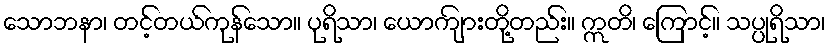
သောဘနာ၊ တင့်တယ်ကုန်သော။ ပုရိသာ၊ ယောကျ်ားတို့တည်း။ ဣတိ၊ ကြောင့်။ သပ္ပုရိသာ၊